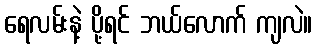
ရေလမ်းနဲ့ ပို့ရင် ဘယ်လောက် ကျလဲ။